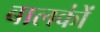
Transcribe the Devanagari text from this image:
बालकोंं